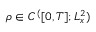
\rho \in C ^ { ( } [ 0 , T ] ; L _ { x } ^ { 2 } )